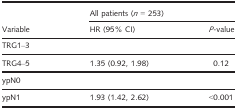
<table><thead><tr><td rowspan="2"><b>Variable</b></td><td colspan="2"><b>All patients (<i>n</i> = 253)</b></td></tr><tr><td><b>HR (95% CI)</b></td><td><b><i>P</i>‐value</b></td></tr></thead><tbody><tr><td>TRG1–3</td><td></td><td></td></tr><tr><td>TRG4–5</td><td>1.35 (0.92, 1.98)</td><td>0.12</td></tr><tr><td>ypN0</td><td></td><td></td></tr><tr><td>ypN1</td><td>1.93 (1.42, 2.62)</td><td>&lt;0.001</td></tr></tbody></table>